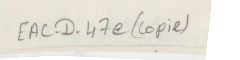
EAC-D-47e (copie)